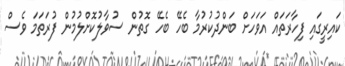
ކައިރީގައި ފިހާރަތައް އަވަހަށް ބަންދުކުރުމާ ބެހޭ ބެހޭ ގޮތުން ސުވާލުކޮށްލުމުން ފުރަތަމަ ވެސް